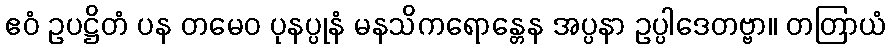
ဧဝံ ဥပဋ္ဌိတံ ပန တမေဝ ပုနပ္ပုနံ မနသိကရောန္တေန အပ္ပနာ ဥပ္ပါဒေတဗ္ဗာ။ တတြာယံ